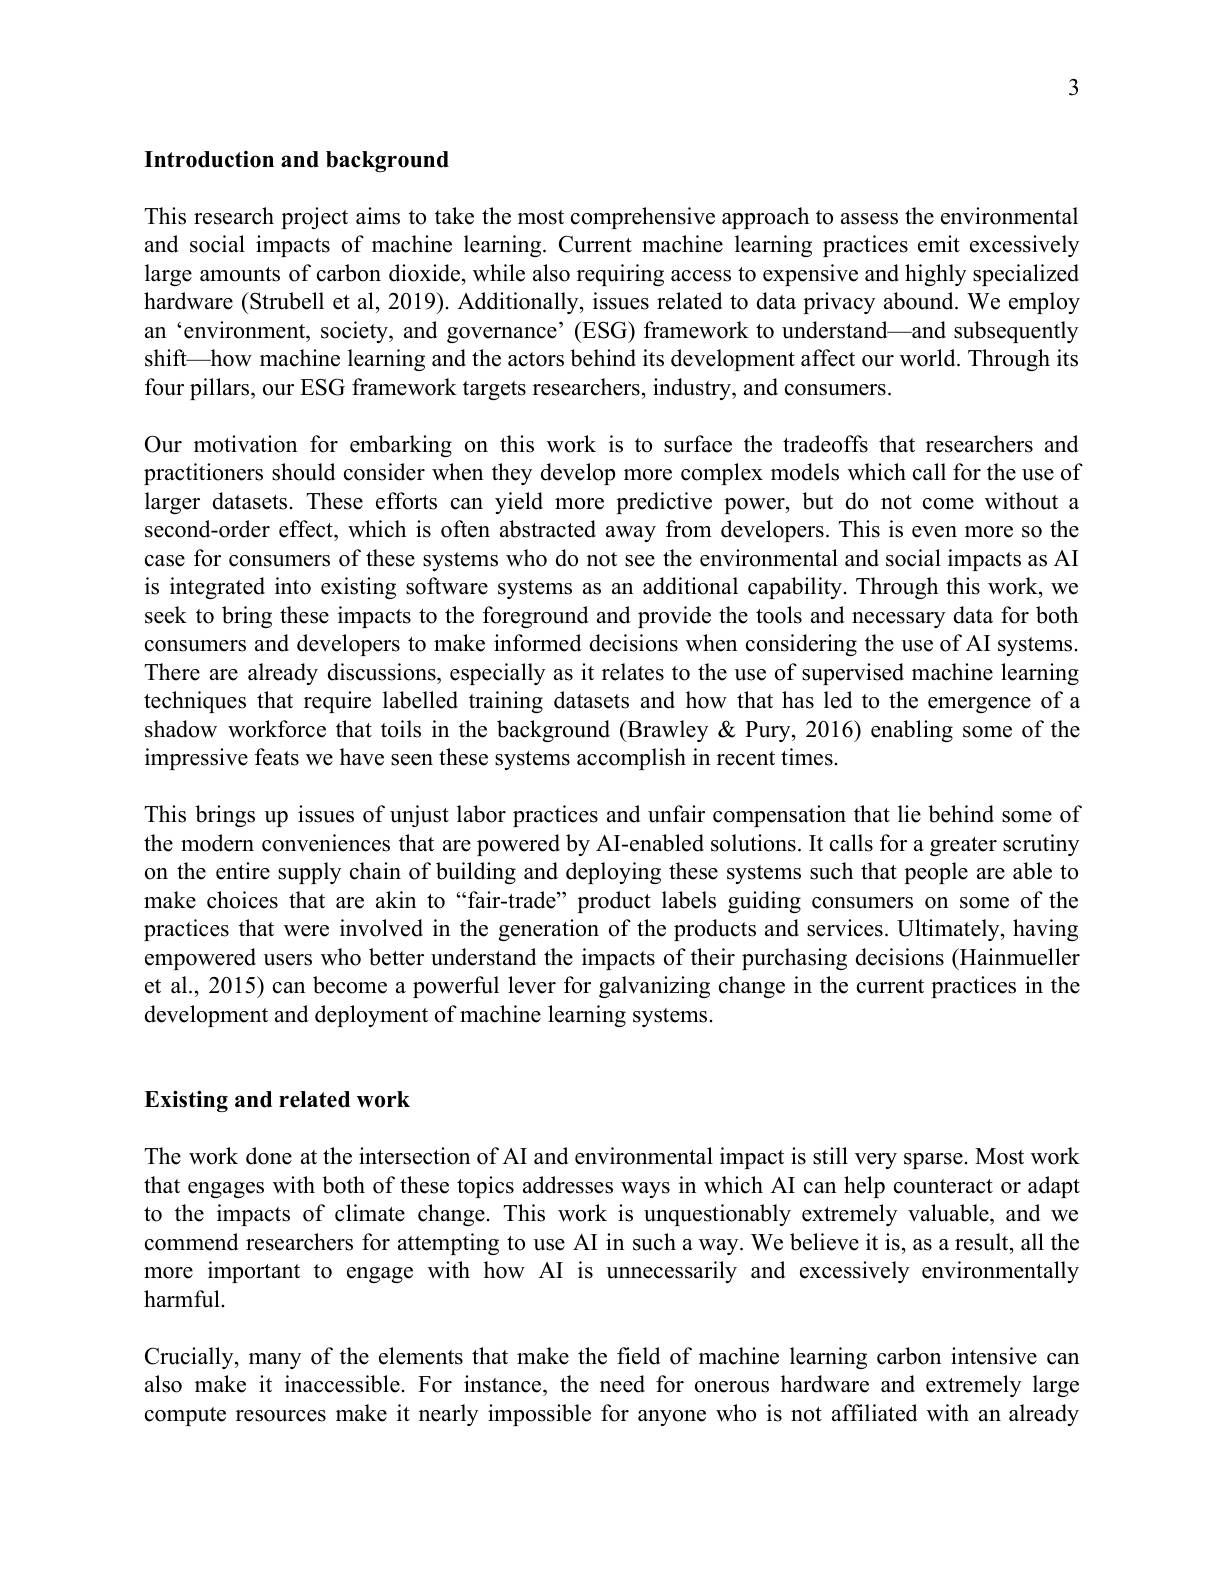
3

### Introduction and background

This research project aims to take the most comprehensive approach to assess the environmental and social impacts of machine learning. Current machine learning practices emit excessively large amounts of carbon dioxide, while also requiring access to expensive and highly specialized hardware (Strubell et al, 2019). Additionally, issues related to data privacy abound. We employ an‘environment, society, and governance’(ESG) framework to understand—and subsequently shift—how machine learning and the actors behind its development affect our world. Through its four pillars, our ESG framework targets researchers, industry, and consumers.

Our motivation for embarking on this work is to surface the tradeoffs that researchers and practitioners should consider when they develop more complex models which call for the use of larger datasets. These efforts can yield more predictive power, but do not come without a second-order effect, which is often abstracted away from developers. This is even more so the case for consumers of these systems who do not see the environmental and social impacts as AI is integrated into existing software systems as an additional capability. Through this work, we seek to bring these impacts to the foreground and provide the tools and necessary data for both consumers and developers to make informed decisions when considering the use of AI systems. There are already discussions, especially as it relates to the use of supervised machine learning techniques that require labelled training datasets and how that has led to the emergence of a shadow workforce that toils in the background (Brawley & Pury, 2016) enabling some of the impressive feats we have seen these systems accomplish in recent times.
This brings up issues of unjust labor practices and unfair compensation that lie behind some of

the modern conveniences that are powered by AI-enabled solutions. It calls for a greater scrutiny on the entire supply chain of building and deploying these systems such that people are able to make choices that are akin to “fair-trade” product labels guiding consumers on some of the practices that were involved in the generation of the products and services. Ultimately, having empowered users who better understand the impacts of their purchasing decisions (Hainmueller et al., 2015) can become a powerful lever for galvanizing change in the current practices in the development and deployment of machine learning systems.

### Existing and related work

The work done at the intersection of AI and environmental impact is still very sparse. Most work that engages with both of these topics addresses ways in which AI can help counteract or adapt to the impacts of climate change. This work is unquestionably extremely valuable, and we commend researchers for attempting to use AI in such a way. We believe it is, as a result, all the more important to engage with how AI is unnecessarily and excessively environmentally harmful.

Crucially, many of the elements that make the field of machine learning carbon intensive can also make it inaccessible. For instance, the need for onerous hardware and extremely large compute resources make it nearly impossible for anyone who is not affiliated with an already